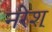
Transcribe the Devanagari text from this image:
नरेश्